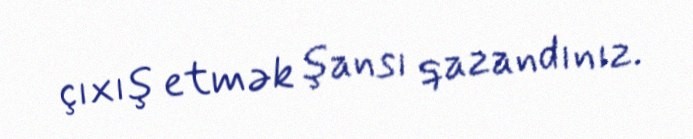
çıxış etmək şansı qazandınız.